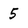
Character: 5